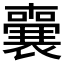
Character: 𭌌